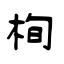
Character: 栒